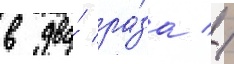
в два́ ра́за //